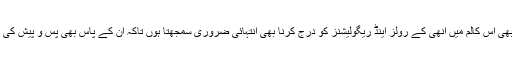
بابو حضرات کے لئے بھی اس کالم میں انھی کے رولز اینڈ ریگولیشنز کو درج کرنا بھی انتہائی ضروری سمجھتا ہوں تاکہ ان کے پاس بھی پس و پیش کی کوئی گنجائش نہ رہے ۔